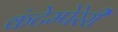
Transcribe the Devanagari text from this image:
कंटेम्पेरेरी